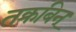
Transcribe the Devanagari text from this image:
तक्रबिन्